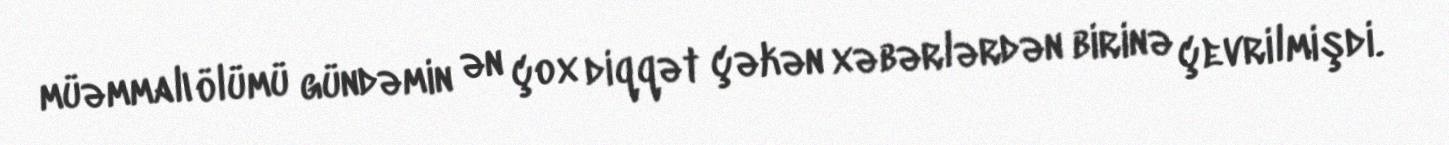
müəmmalı ölümü gündəmin ən çox diqqət çəkən xəbərlərdən birinə çevrilmişdi.